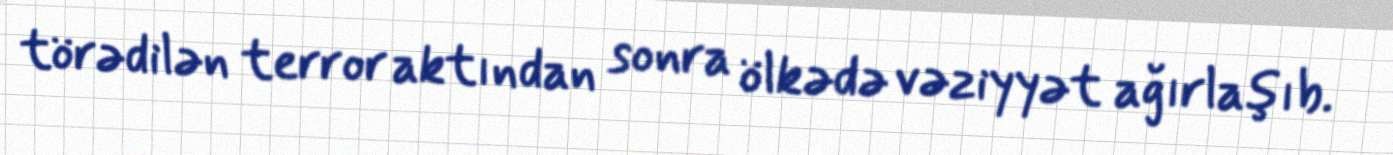
törədilən terror aktından sonra ölkədə vəziyyət ağırlaşıb.